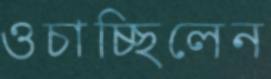
ওচাচ্ছিলেন